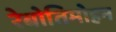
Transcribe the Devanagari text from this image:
रेबोतिमोहन